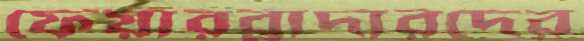
ফেয়ারব্রাদারদের